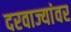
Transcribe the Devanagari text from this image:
दरवाज्यांवर